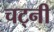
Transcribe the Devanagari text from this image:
चट्नी